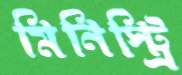
মিনিস্ট্রি